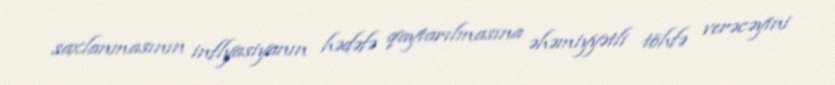
saxlanmasının inflyasiyanın hədəfə qaytarılmasına əhəmiyyətli töhfə verəcəyini